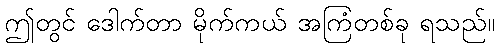
ဤတွင် ဒေါက်တာ မိုက်ကယ် အကြံတစ်ခု ရသည်။